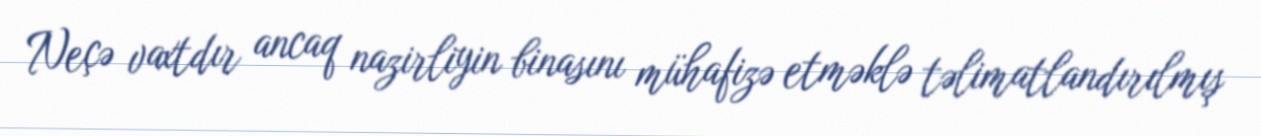
Neçə vaxtdır ancaq nazirliyin binasını mühafizə etməklə təlimatlandırılmış